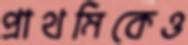
প্রাথমিকেও